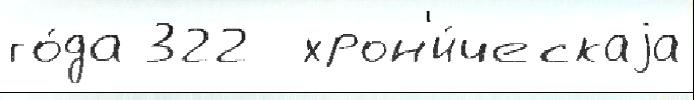
го́да 322  хрон'и́ческаjа